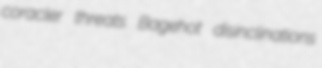
coracler threats Bagehot disinclinations